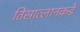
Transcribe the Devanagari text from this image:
तिसात्लानकडे